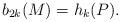
LaTeX: \begin{align*} b_{2k}(M)=h_k(P).\end{align*}